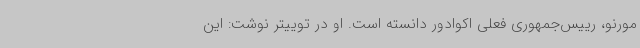
مورنو، رییس‌جمهوری فعلی اکوادور دانسته است. او در توییتر نوشت: این